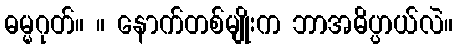
ဓမ္မဂုတ်။ ။ နောက်တစ်မျိုးက ဘာအဓိပ္ပာယ်လဲ။